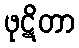
ဖုဋိတာ